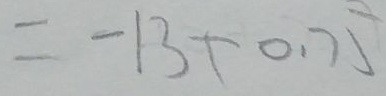
= - 1 3 + 0 . 7 5